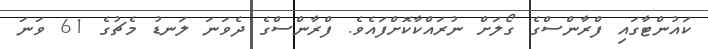
ކައުންޓާގައި ފްރާންސްގެ ގޯލަށް ނުރައްކާކޮށްފައެވެ. ފްރާންސްގެ ދެވަނަ ލަނޑު މެޗުގެ 61 ވަނަ